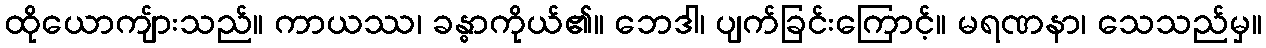
ထိုယောကျ်ားသည်။ ကာယဿ၊ ခန္ဓာကိုယ်၏။ ဘေဒါ၊ ပျက်ခြင်းကြောင့်။ မရဏနာ၊ သေသည်မှ။